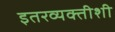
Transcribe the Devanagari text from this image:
इतरव्यक्तीशी